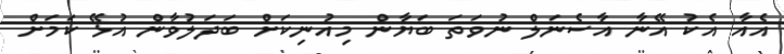
އެއާ އެކު އޭނާ އާސެނަލް ނުވަތަ ބަޔާން މިއުނިކަށް ބަދަލުވާން އުޅޭ ކަމަށް